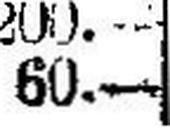
60.—